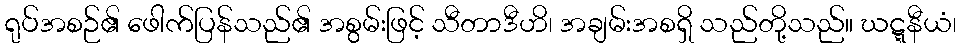
ရုပ်အစဉ်၏ ဖေါက်ပြန်သည်၏ အစွမ်းဖြင့် သီတာဒီဟိ၊ အချမ်းအစရှိ သည်တို့သည်။ ဃဋ္ဋနီယံ၊